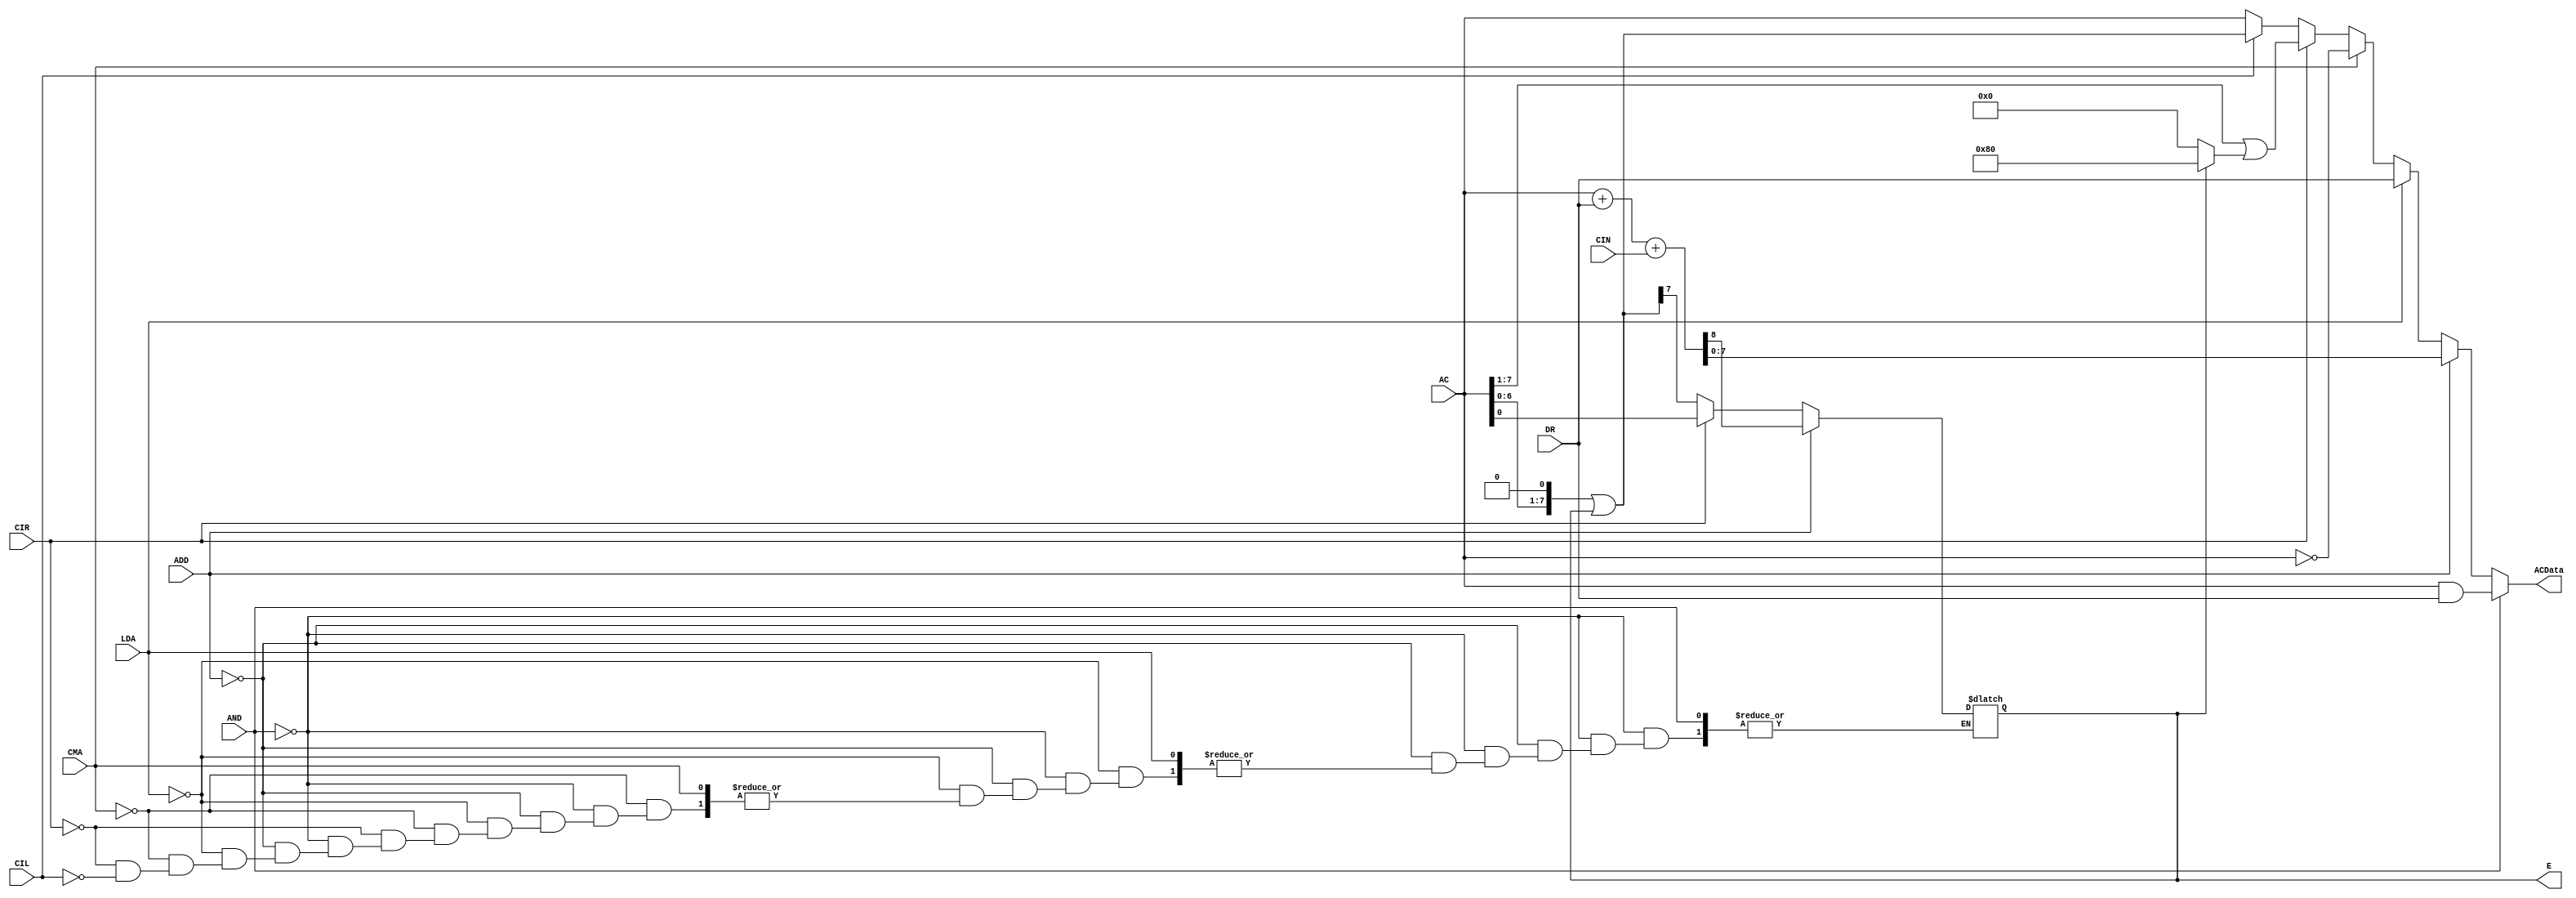
module AdderAndLogic4 (
    input AND, ADD, LDA, CMA, CIR, CIL,    // Instructions signals 
    input [7:0] AC, DR,
    input CIN,
    output reg E,
    output reg [7:0] ACData
);
initial
begin
    E=1;
end;
    
always @* begin
    // AND OPERATION
    if (AND) begin
        ACData = AC & DR;
    end

    // ADD OPERATION
    else if (ADD) begin
        {E,ACData}=AC+DR+CIN;
    end

    // LDA OPERATION (DR to AC)
    else if (LDA) begin
        ACData = DR;
    end

    // CMA OPERATION (Complement AC)
    else if (CMA) begin
        ACData = ~AC;
    end

    // CIR (Circulate Right) OPERATION
    else if (CIR) begin
       ACData= AC >> 1 | (E ? 8'b10000000 : 8'b0);
       E=AC[0];
    end

    // CIL (Circulate Left) OPERATION
    else if (CIL) begin
        ACData =(AC << 1 | {7'b0, E});
        E = ACData[7];
    end

    // Default assignment if no operation is selected
    else begin
        ACData = AC;
    end
end
endmodule